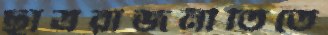
ছাত্ররাজনীতিতে